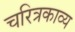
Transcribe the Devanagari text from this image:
चरित्रकाव्य